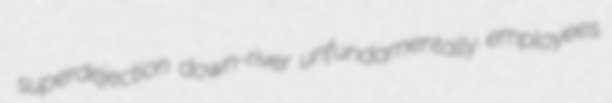
superdejection down-river unfundamentally employees